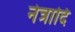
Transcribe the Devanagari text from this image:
नेत्रादि